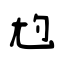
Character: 尥